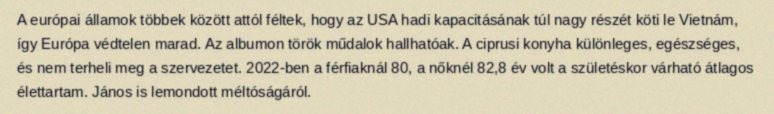
A európai államok többek között attól féltek, hogy az USA hadi kapacitásának túl nagy részét köti le Vietnám, így Európa védtelen marad. Az albumon török műdalok hallhatóak. A ciprusi konyha különleges, egészséges, és nem terheli meg a szervezetet. 2022-ben a férfiaknál 80, a nőknél 82,8 év volt a születéskor várható átlagos élettartam. János is lemondott méltóságáról.